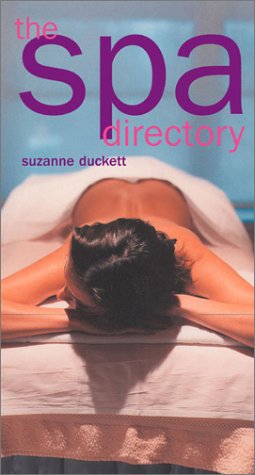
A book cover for Spa Directory; Carlton Books; Travel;